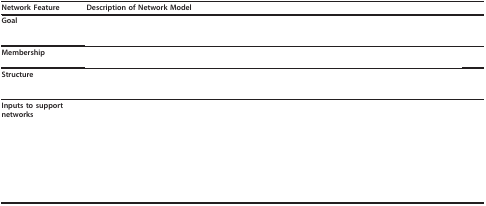
<table><thead><tr><td><b>Network Feature</b></td><td><b>Description of Network Model</b></td></tr></thead><tbody><tr><td><b>Goal</b></td><td>[EMPTY_CELL]</td></tr><tr><td><b>Membership</b></td><td>[EMPTY_CELL]</td></tr><tr><td><b>Structure</b></td><td>[EMPTY_CELL]</td></tr><tr><td><b>Inputs to support networks</b></td><td>[EMPTY_CELL]</td></tr></tbody></table>